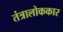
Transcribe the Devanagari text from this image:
तंत्रालोककार